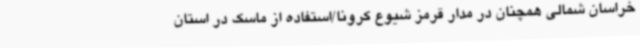
خراسان شمالی همچنان در مدار قرمز شیوع کرونا/استفاده از ماسک در استان